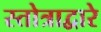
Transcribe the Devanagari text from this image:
स्तोत्राद्वारे